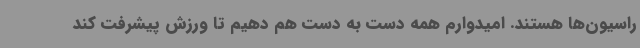
راسیون‌ها هستند. امیدوارم همه دست به دست هم دهیم تا ورزش پیشرفت کند